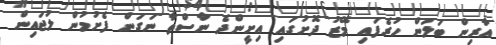
އާރިން ބަލަން ހުރެފައި މޭޒު ދޮށުގައި އިށީންދެ ނާސްތާ ނަގަން ފެށުމުން ލުޖައިން